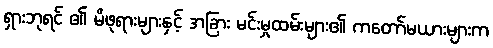
ရှားဘုရင် ၏ မိဖုရားများနှင့် အခြား မင်းမှုထမ်းများ၏ ကတော်မယားများက